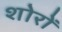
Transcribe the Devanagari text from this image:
शोरों